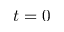
t = 0